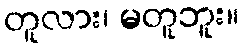
တူလား၊ မတူဘူး။